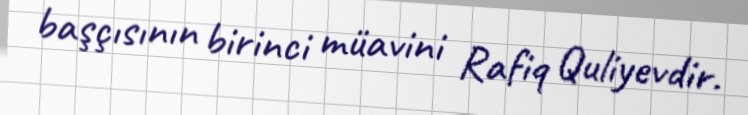
başçısının birinci müavini Rafiq Quliyevdir.